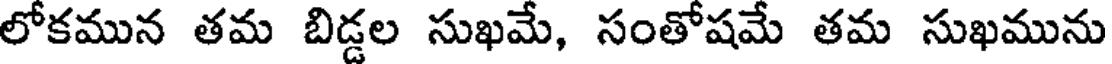
లోకమున తమ బిడ్డల సుఖమే, సంతోషమే తమ సుఖమును